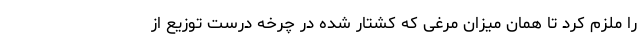
را ملزم کرد تا همان میزان مرغی که کشتار شده در چرخه درست توزیع از